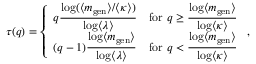
\tau ( q ) = \left\{ \begin{array} { l l } { q \displaystyle \frac { \log ( \langle m _ { \mathrm { g e n } } \rangle / \langle \kappa \rangle ) } { \log \langle \lambda \rangle } } & { \mathrm { f o r ~ } q \ge \displaystyle \frac { \log \langle m _ { \mathrm { g e n } } \rangle } { \log \langle \kappa \rangle } } \\ { ( q - 1 ) \displaystyle \frac { \log \langle m _ { \mathrm { g e n } } \rangle } { \log \langle \lambda \rangle } } & { \mathrm { f o r ~ } q < \displaystyle \frac { \log \langle m _ { \mathrm { g e n } } \rangle } { \log \langle \kappa \rangle } } \end{array} \right. ,